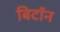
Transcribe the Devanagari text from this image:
बिटॉन